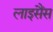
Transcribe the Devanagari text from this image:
लाइसैंस